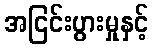
အငြင်းပွားမှုနှင့်